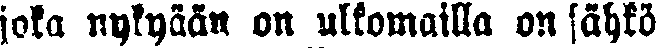
joka nykyään on ulkomailla on sähkö